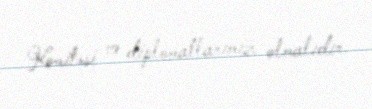
Komitəsi və diplomatlarımız olmalıdır.